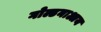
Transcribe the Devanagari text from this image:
गोल्डनाआय